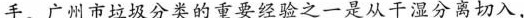
手。广州市垃圾分类的重要经验之一是从干湿分离切入，